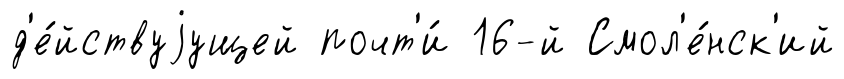
д'е́йствуjущей почт'и́ 16-й Смол'е́нск'ий